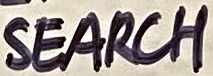
Text: SEARCH